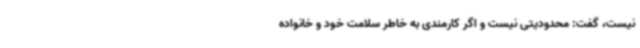
نیست، گفت: محدودیتی نیست و اگر کارمندی به خاطر سلامت خود و خانواده